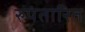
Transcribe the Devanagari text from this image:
रुपंतारित